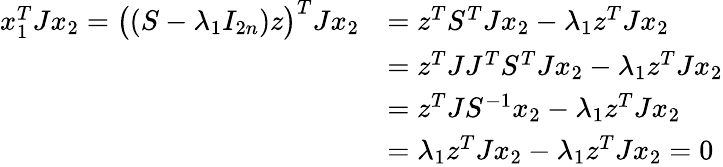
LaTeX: \begin{array}{rl}{x_{1}^{T}Jx_{2}=\big((S-\lambda_{1}I_{2n})z\big)^{T}Jx_{2}}&{=z^{T}S^{T}Jx_{2}-\lambda_{1}z^{T}Jx_{2}}\\ &{=z^{T}JJ^{T}S^{T}Jx_{2}-\lambda_{1}z^{T}Jx_{2}}\\ &{=z^{T}JS^{-1}x_{2}-\lambda_{1}z^{T}Jx_{2}}\\ &{=\lambda_{1}z^{T}Jx_{2}-\lambda_{1}z^{T}Jx_{2}=0}\end{array}